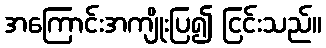
အကြောင်းအကျိုးပြ၍ ငြင်းသည်။